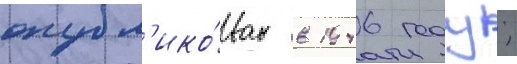
опубл'ико́ван в 1946 году;